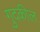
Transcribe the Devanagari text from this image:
गुदकील